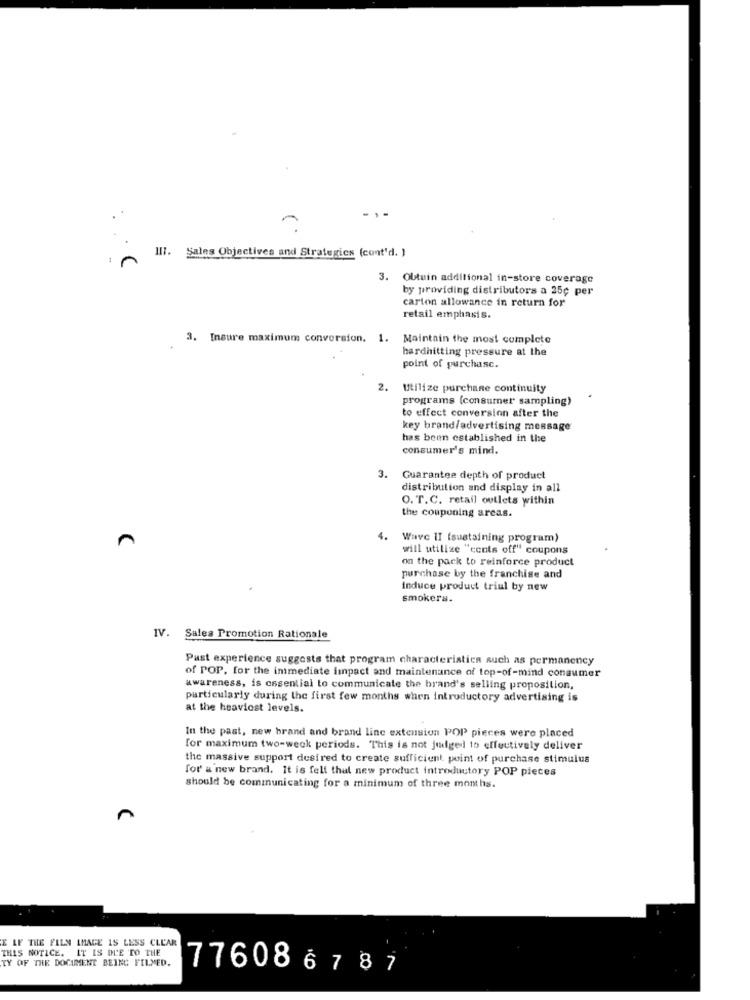
1 M
III. Sales Objectives and Strategies (cont'd. )
OUtuin additional in-store coverage
by providing distributors a 25¢ per
carton allowance in return for
retail emphasis.
3. Insure maximum conversion. 1. Maintain the most complete
hardhitting pressure at the
point of purchasc.
2.
Utilize purchase continuity
programs (consumer sampling)
to effect conversion after the
key brand/advertising message
has been established in the
consumer's mind.
3.
Guarantee depth of product
distribution and display in all
O. T.C. retail outlets within
the couponing areas.
4.
Wave II (sustaining program)
will utilize "cents off" coupons
on the pack to reinforce product
purchase by the franchise and
Induce product trial by new
smokers.
IV. Sales Promotion Rationale
Past experience suggests that program characteristics such as permanency
of POP, for the immediate impact and maintenance of top-of-mind consumer
awareness, is essential to communicate the brand's selling proposition,
particularly during the first few months when introductory advertising is
at the heaviest levels.
In the past, new brand and brand line extension POP pieces were placed
for maximum two-week periods. This is not judged to effectively deliver
the massive support desired to create sufficient, point of purchase stimulus
for a new brand. It is fell that new product introductory POP pieces
should be communicating for a minimum of three months.
E LF THE FILN IMAGE 15 LESS CLEAR
THIS NOTICE. IT IS DE TO THE
TY OF THE DOCUMENT BEING FILMED.
776086787